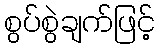
စွပ်စွဲချက်ဖြင့်